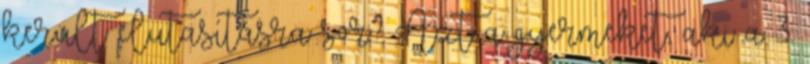
került elutasításra sor? Azt a gyermeket, aki a 3.